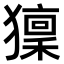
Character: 𤢤